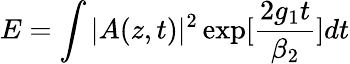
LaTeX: E=\int{|A(z,t)|^{2}\exp[\frac{2g_{1}t}{\beta_{2}}]dt}